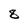
Character: 8